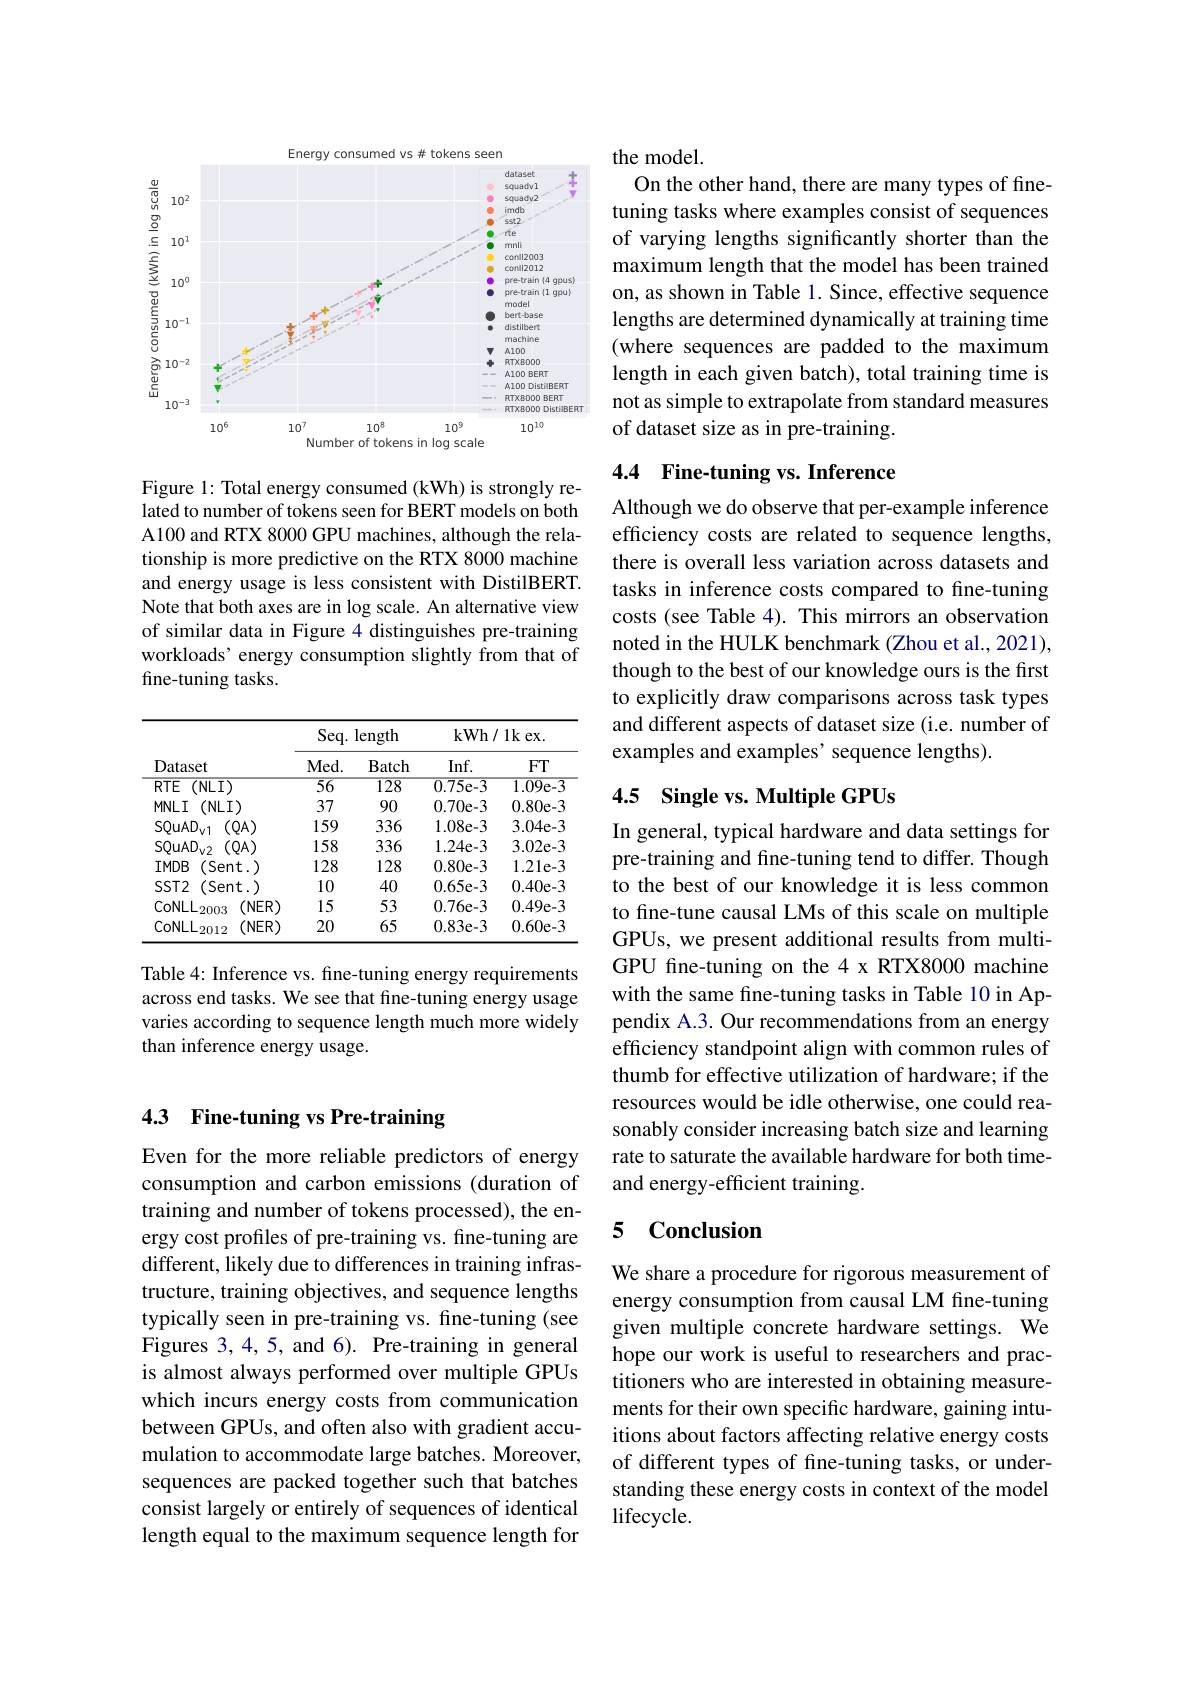
### 4.3 Fine-tuning vs Pre-training

Even for the more reliable predictors of energy consumption and carbon emissions (duration of training and number of tokens processed), the energy cost profiles of pre-training vs. fine-tuning are different, likely due to differences in training infrastructure, training objectives, and sequence lengths typically seen in pre-training vs. fine-tuning (see Figures 3,4,5, and 6). Pre-training in general is almost always performed over multiple GPUs which incurs energy costs from communication between GPUs, and often also with gradient accumulation to accommodate large batches. Moreover, sequences are packed together such that batches consist largely or entirely of sequences of identical length equal to the maximum sequence length for

Energy consumed vs # tokens seen
<FigureHere>

Figure 1: Total energy consumed (kWh) is strongly related to number of tokens seen for BERT models on both A100 and RTX 8000 GPU machines, although the relationship is more predictive on the RTX 8000 machine and energy usage is less consistent with DistilBERT. Note that both axes are in log scale. An alternative view of similar data in Figure 4 distinguishes pre-training workloads' energy consumption slightly from that of fine-tuning tasks.

<table>
	<tbody>
		<tr>
			<th rowspan="2">Dataset</th>
			<th colspan="2">Seq. length</th>
			<th colspan="2">kWh/ 1kex. </th>
		</tr>
		<tr>
			<th>Med. </th>
			<th>Batch</th>
			<th>Inf.</th>
			<th>$FT$</th>
		</tr>
		<tr>
			<td>$RTE$ $(\mathsf{NLI})$</td>
			<td>$\overline{56}$</td>
			<td>$\overline{128}$</td>
			<td>0.75e-3</td>
			<td>1.09e-3</td>
		</tr>
		<tr>
			<td>$MNLI$ $(NLI)$</td>
			<td>37</td>
			<td>90</td>
			<td>0.70e-3</td>
			<td>0.80e-3</td>
		</tr>
		<tr>
			<td>$SQuAD_{\mathrm{v}1}$ $(QA)$</td>
			<td>159</td>
			<td>336</td>
			<td>1.08e-3</td>
			<td>3.04e-3</td>
		</tr>
		<tr>
			<td>$\mathrm{SQuAD}_{\mathrm{v2}}$ $(QA)$</td>
			<td>158</td>
			<td>336</td>
			<td>1.24e-3</td>
			<td>3.02e-3</td>
		</tr>
		<tr>
			<td>$IMDB$ (Sent.)</td>
			<td>128</td>
			<td>128</td>
			<td>0.80e-3</td>
			<td>1.21e-3</td>
		</tr>
		<tr>
			<td>$SST2$ (Sent.)</td>
			<td>10</td>
			<td>40</td>
			<td>0.65e-3</td>
			<td>0.40e-3</td>
		</tr>
		<tr>
			<td>$\mathrm{CoNLL}_{2003}$ $(NER)$</td>
			<td>15</td>
			<td>53</td>
			<td>0.76e-3</td>
			<td>0.49e-3</td>
		</tr>
		<tr>
			<td>$\mathrm{CoNLL}_{2}$ (NER) -2012</td>
			<td>20</td>
			<td>65</td>
			<td>0.83e-3</td>
			<td>0.60e-3</td>
		</tr>
	</tbody>
</table>

Table 4: Inference vs. fine-tuning energy requirements across end tasks. We see that fine-tuning energy usage varies according to sequence length much more widely than inference energy usage.

the model.
On the other hand, there are many types of finetuning tasks where examples consist of sequences of varying lengths significantly shorter than the maximum length that the model has been trained on, as shown in Table 1. Since, effective sequence lengths are determined dynamically at training time (where sequences are padded to the maximum length in each given batch), total training time is not as simple to extrapolate from standard measures of dataset size as in pre-training.

### 4.4 Fine-tuning vs. Inference

Although we do observe that per-example inference efficiency costs are related to sequence lengths, there is overall less variation across datasets and tasks in inference costs compared to fine-tuning costs (see Table 4). This mirrors an observation noted in the HULK benchmark (Zhou et al., 2021), though to the best of our knowledge ours is the first to explicitly draw comparisons across task types and different aspects of dataset size (i.e. number of examples and examples' sequence lengths).

## 4.5 Single vs. Multiple GPUs

In general, typical hardware and data settings for pre-training and fine-tuning tend to differ. Though to the best of our knowledge it is less common to fine-tune causal LMs of this scale on multiple GPUs, we present additional results from multiGPU fine-tuning on the 4 x RTX8000 machine with the same fine-tuning tasks in Table 10 in Appendix A.3. Our recommendations from an energy efficiency standpoint align with common rules of thumb for effective utilization of hardware; if the resources would be idle otherwise, one could reasonably consider increasing batch size and learning rate to saturate the available hardware for both timeand energy-efficient training.

## 5 Conclusion

We share a procedure for rigorous measurement of energy consumption from causal LM fine-tuning given multiple concrete hardware settings. We hope our work is useful to researchers and practitioners who are interested in obtaining measurements for their own specific hardware, gaining intuitions about factors affecting relative energy costs of different types of fine-tuning tasks, or understanding these energy costs in context of the model lifecycle.